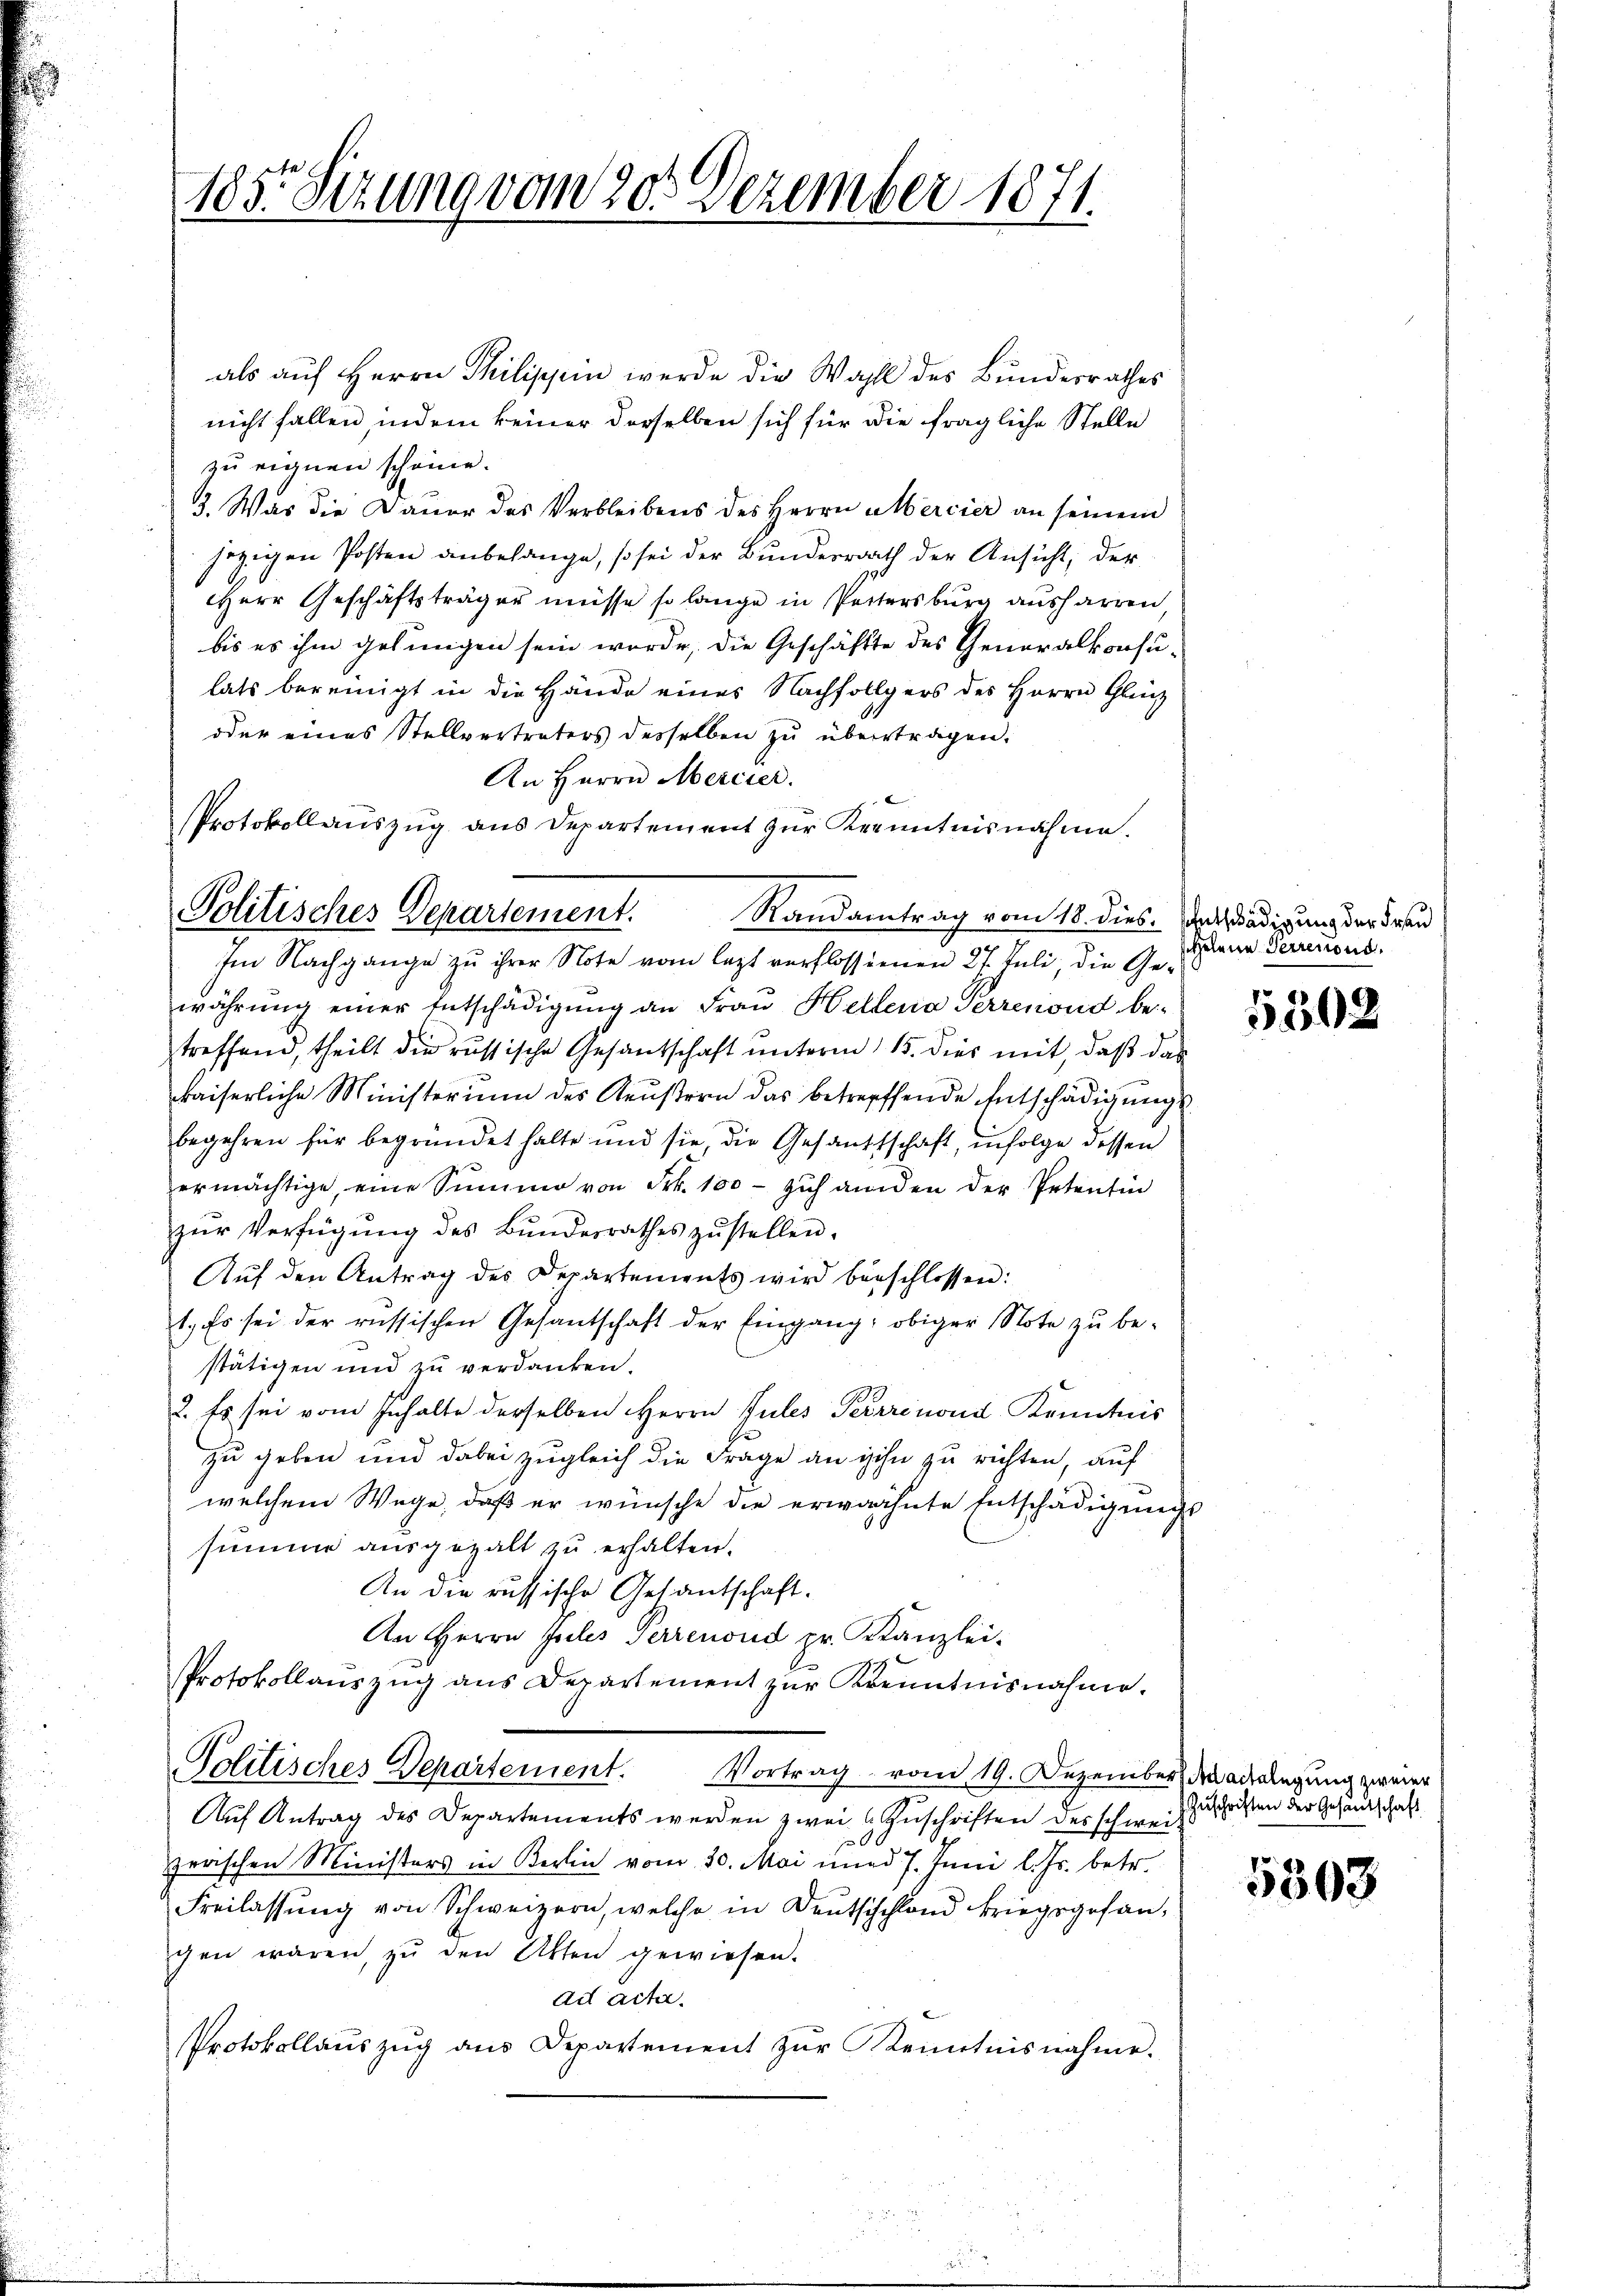
als auf Herrn Philischein werde die Wahl des Bundesrathes
nicht fallen, indem keiner derselben sich für die fragliche Stelle
zu eignen schöne.
3. Was die Dauer des Verbleibens des Herrn Mercier an seinem
jezigen Posten anbelange, so sei der Bundesrath der Ansicht der
Herr Geschäftsträger müsse so lange in Petersburg ausharren,
bis es ihm gelungen sein werde, die Geschäffte des Generalkonsu-
lats bereinigt in die Hände eines Nachfollgers des Herrn Glück
oder eines Stellvertreters desselben zŭ übertragen.
Im Nachgange zu ihrer Note vom lezt verflossenen 27. Juli, die Gewährung einer Entschädigung an Frau Hellena Perrenond betreffend, theilt die russische Gesantschaft unterm 15. dies mit, daβ das
kaiserliche Ministerium des Keustern das betreffende Entschädigungs
begehren für begründet halte und sie, die Gesandtschaft, infolge dessen
ermächtige, eine Summe von Frk. 100 - zuhanden der Petentin
zŭr Verfügŭng des Bŭndesrathes zŭstellen.
Auf den Antrag des Departements wird beschlossen:
1. Es sei der russischen Gesantschaft der Eingang: obiger Note zŭ be-
stätigen und zu verdanken.
2. Es sei vom Inhalte derselben Herrn Jules Perrrenoud Kenntnis
zu geben und dabei zugleich die Frage an ihn zu richten, auf
welchem Wege, daß er wünsche die erwähnte Entschädigungs
summe ausgezalt zu erhalten.
An die russische Gesantschaft.
An Herrn Zeiles Perrenoud pr. Kanzlei-
1.
Protokollauszug aus Departement zur Krenntnisnahme.
Politisches Departement. Vortrag vom 19. Dezember dadelegung zweier
Auf Antrag des Departements werden zwei Zuschriften des schweizwaschen Ministers in Berlin vom 30. Mai und 7. Juni l. Js. betr.
Freilassŭng von Schweizern, welche in Deutschland kriegsgesangen wären, zŭ den Akten gewiesen.
ad acte.
Protokollaŭszŭg ans Departement zŭr Kenntnisnahme.

185. Sizung vom 20. Dezember 1871.

An Herrn Mercier.
Protokollauszug aus Departement zur Kenntnisnahme.
Politisches Departement. Randantrag vom 18. dies.

seentschädigung der Frau
Helene Perrenoud.

5502

Zuschriften der Gesandtschaft

5503